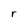
Character: r